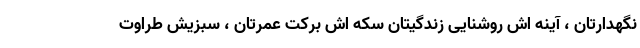
نگهدارتان ، آینه اش روشنایی زندگیتان سکه اش برکت عمرتان ، سبزیش طراوت